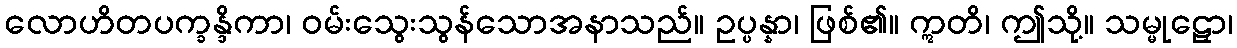
လောဟိတပက္ခန္ဒိကာ၊ ဝမ်းသွေးသွန်သောအနာသည်။ ဥပ္ပန္နာ၊ ဖြစ်၏။ ဣတိ၊ ဤသို့။ သမ္မုဠှော၊